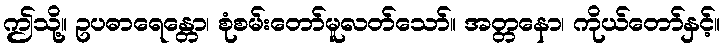
ဤသို့။ ဥပဓာရေန္တော၊ စုံစမ်းတော်မူလတ်သော်။ အတ္တနော၊ ကိုယ်တော်နှင့်။